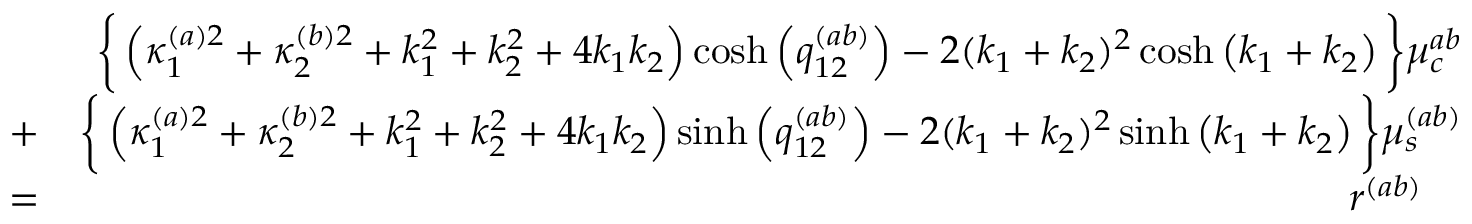
\begin{array} { r l r } & { } & { \bigg \{ \left( \kappa _ { 1 } ^ { ( a ) 2 } + \kappa _ { 2 } ^ { ( b ) 2 } + k _ { 1 } ^ { 2 } + k _ { 2 } ^ { 2 } + 4 k _ { 1 } k _ { 2 } \right) \cosh \left( q _ { 1 2 } ^ { ( a b ) } \right) - 2 ( k _ { 1 } + k _ { 2 } ) ^ { 2 } \cosh \left( k _ { 1 } + k _ { 2 } \right) \bigg \} \mu _ { c } ^ { a b } } \\ & { + } & { \bigg \{ \left( \kappa _ { 1 } ^ { ( a ) 2 } + \kappa _ { 2 } ^ { ( b ) 2 } + k _ { 1 } ^ { 2 } + k _ { 2 } ^ { 2 } + 4 k _ { 1 } k _ { 2 } \right) \sinh \left( q _ { 1 2 } ^ { ( a b ) } \right) - 2 ( k _ { 1 } + k _ { 2 } ) ^ { 2 } \sinh \left( k _ { 1 } + k _ { 2 } \right) \bigg \} \mu _ { s } ^ { ( a b ) } } \\ & { = } & { r ^ { ( a b ) } \quad } \end{array}